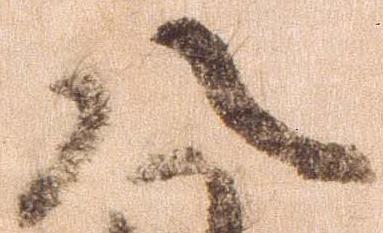
八